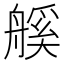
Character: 𦩶